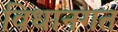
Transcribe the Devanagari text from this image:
विधानगत